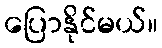
ပြောနိုင်မယ်။